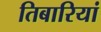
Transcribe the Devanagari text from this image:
तिबारियां